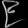
Digit: ၉